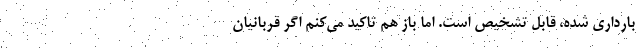
بارداری شده، قابل تشخیص است. اما باز هم تاکید می‌کنم اگر قربانیان